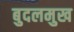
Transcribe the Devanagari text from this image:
बुदलमुख